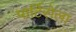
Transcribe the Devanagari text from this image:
पार्टिसेला